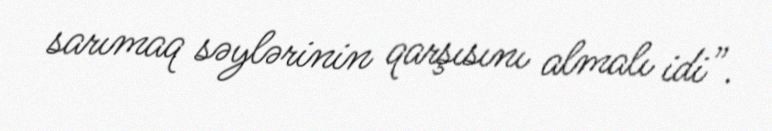
sarımaq səylərinin qarşısını almalı idi”.